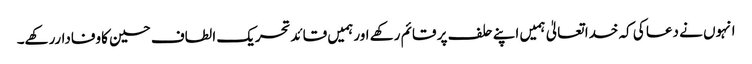
انہوں نے دعا کی کہ خدا تعالیٰ ہمیں اپنے حلف پر قائم رکھے اورہمیں قائدتحریک الطاف حسین کاوفاداررکھے۔